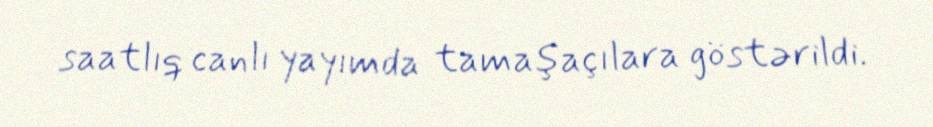
saatlıq canlı yayımda tamaşaçılara göstərildi.